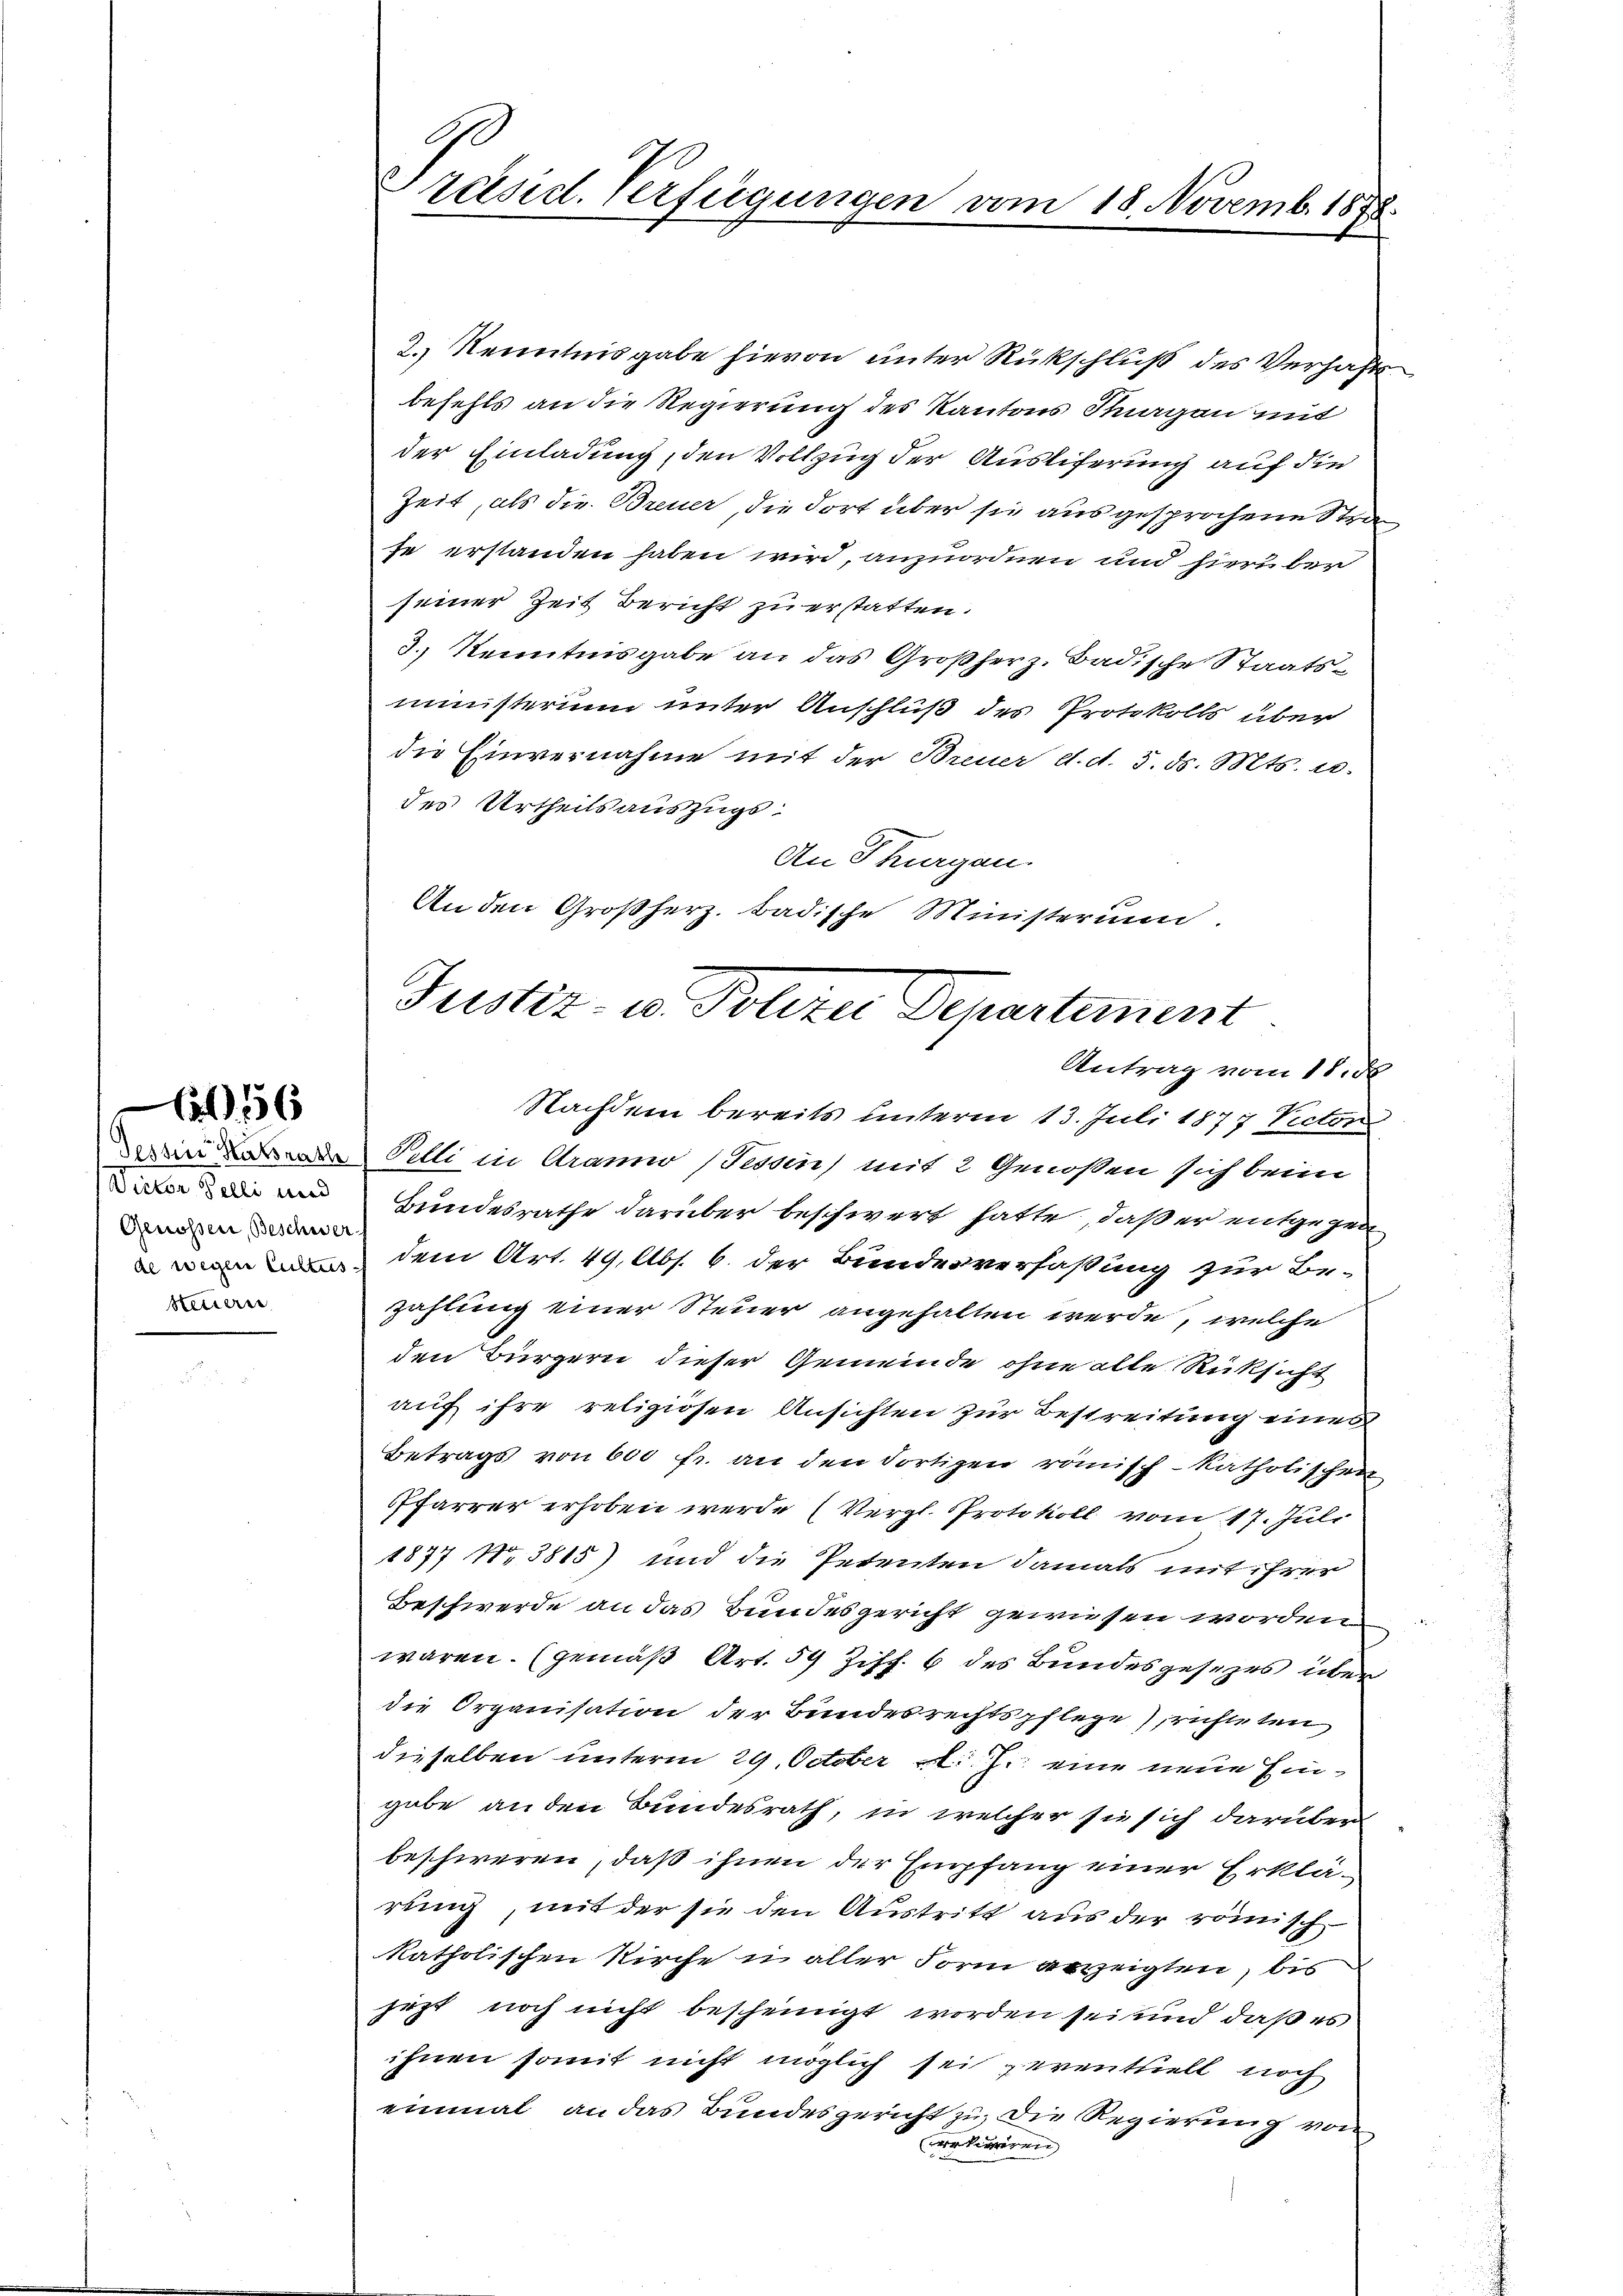
Victor Felli und
Genossen, Beschwerf
steuern

656

Präsid. Verfügungen vom 18. Novemb. 1878.

2.) Kenntnisgabe hievon unter Rückschluß des Verhafts
befehls an die Regierung des Kantons Stuagan mit
der Einladung, den Vollzug der Auslieferung auf die
Zeit, als die Breuer, die Fort über sie ausgesprochene Stra
se erstanden haben wird, anzuordnen und hierüber
seiner Zeit Bericht zu erstatten.
3.) Kenntnisgabe an das Großherz. Badische Staats-
ministerium unter Anschluß des Protokolls über
die Einvernahme mit der Breuer d. d. 5. d. Mts. u.
des Urtheilsauszugs¬
An Thurgau.
An den Großherz badische Ministerium.
Antrag vom 11. d.
Nachdem bereits unterm 13. Juli 1877 Vector
Pelli in Arami (Tessin, mit 2 Genoßen sich beim
Bundesrathe darüber beschwert hatte, daß er entgegen
 dem Art. 49, Abs. 6. der Bundesverfaßung zur Be-
zahlung einer Steuer angehalten werde, welche
den Bürgern dieser Gemeinde ohne alle Rücksicht
auf ihre religiösen Ansichten zur Bestreitung eines
Betrags von 600 fr. an den dortigen römisch-katholischen
Pfarrer erhoben werde (Vergl. Protokoll vom 17. Juli
1877 Nr. 3815) und die Petenten damals mit ihrer
Beschwerde an das Bundesgericht gewiesen worden
waren. (gemäß Art. 59 Ziff. 6 des Bundesgesetzes über
die Organisation der Bundesrechtspflege richteten
dieselben unterm 29. October v. J. eine neue Eingabe an den Bundesrath, in welcher sie sich darüber
beschweren, daß ihnen der Empfang einer Erklärung, mit der sie den Austritt aus der römisch
katholischen Kirche u aller Form verzeigten, bis
jezt noch nicht bescheinigt worden sei und daß es
ihnen somit nicht möglich sei zerenthielt noch
einmal an das Bundesgericht zu die Regierung von
rotieriren

Justiz- u. Polizei Departement